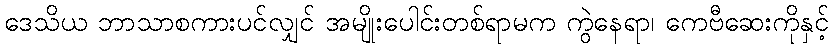
ဒေသိယ ဘာသာစကားပင်လျှင် အမျိုးပေါင်းတစ်ရာမက ကွဲနေရာ၊ ကေဗီဆေးကိုနှင့်